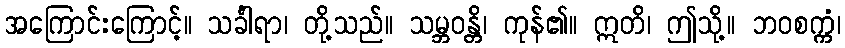
အကြောင်းကြောင့်။ သင်္ခါရာ၊ တို့သည်။ သမ္ဘဝန္တိ၊ ကုန်၏။ ဣတိ၊ ဤသို့။ ဘဝစက္ကံ၊